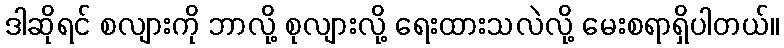
ဒါဆိုရင် စလျားကို ဘာလို့ စုလျားလို့ ရေးထားသလဲလို့ မေးစရာရှိပါတယ်။